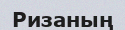
Ризаның